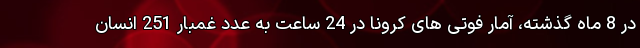
در 8 ماه گذشته، آمار فوتی های کرونا در 24 ساعت به عدد غمبار 251 انسان